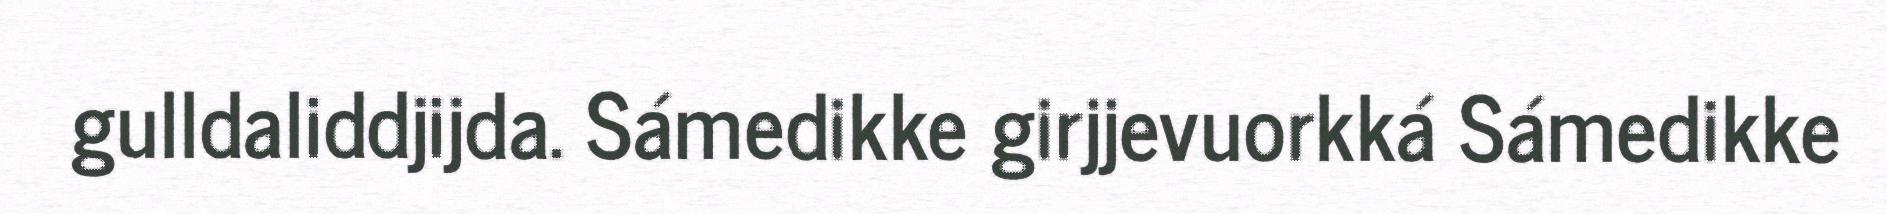
gulldaliddjijda. Sámedikke girjjevuorkká Sámedikke